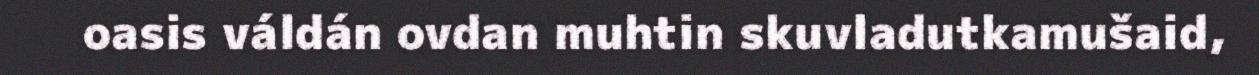
oasis váldán ovdan muhtin skuvladutkamušaid,